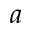
a